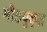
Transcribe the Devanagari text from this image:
मीठयुक्त